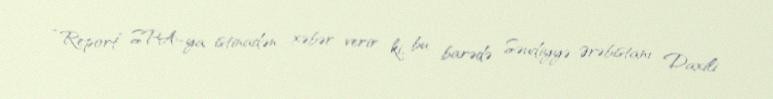
“Report” SPA-ya istinadən xəbər verir ki, bu barədə Səudiyyə Ərəbistanı Daxili